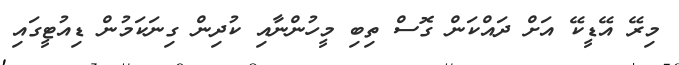
މިރޭ އޭޑީކޭ އަށް ދައްކަން ގޮސް ތިބި މީހުންނާއި ކުދިން ގިނަކަމުން ޑިއުޓީގައި